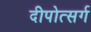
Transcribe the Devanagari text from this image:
दीपोत्सर्ग